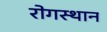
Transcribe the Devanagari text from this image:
रोगस्थान